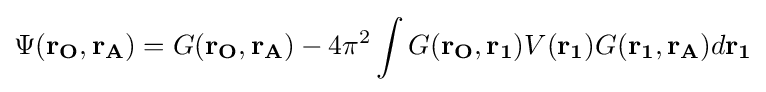
\Psi (\mathbf {r_{O},r_{A}} )=G(\mathbf {r_{O},r_{A}} )-4\pi ^{2}\int G(\mathbf {r_{O},r_{1}} )V(\mathbf {r_{1}} )G(\mathbf {r_{1},r_{A}} )d\mathbf {r_{1}}